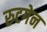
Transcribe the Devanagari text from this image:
रुटगेन